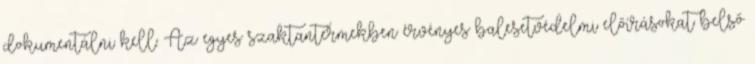
dokumentálni kell. Az egyes szaktantermekben érvényes balesetvédelmi előírásokat belső